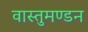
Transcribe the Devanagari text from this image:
वास्तुमण्डन